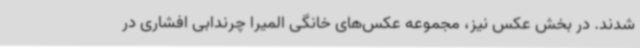
شدند. در بخش عکس نیز، مجموعه عکس‌های خانگی المیرا چرندابی افشاری در